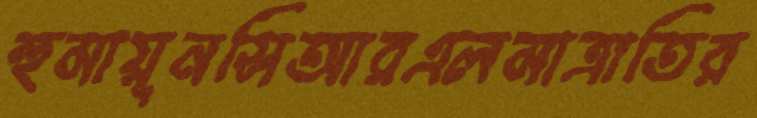
হুমায়ূনসিআরএলমাত্রাতির